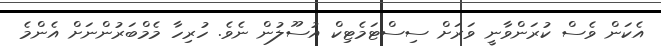
އެކަން ވެސް ކުރަންވާނީ ވަރަށް ސިސްޓަމެޓިކް އުސޫލުން ނެވެ. ހުރިހާ މެމްބަރުންނަށް އެންމެ